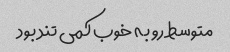
متوسط رو به خوب کمی تند بود